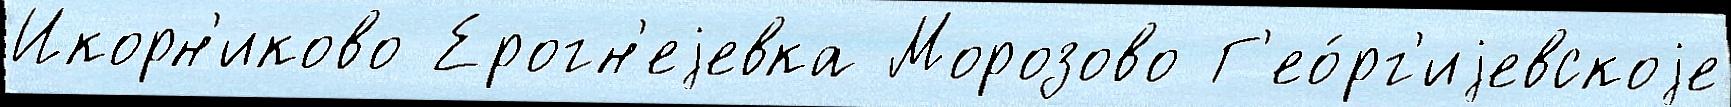
Икорн'иково Ерогн'еjевка Морозово Г'ео́рг'иjевскоjе